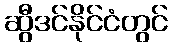
ဆွီဒင်နိုင်ငံတွင်